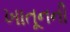
ખાતૂનની